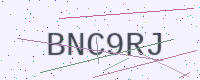
Text: BNC9RJ